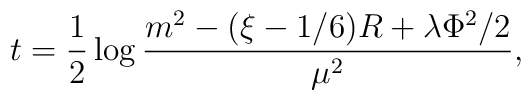
t= \frac{1}{2} \log \frac{m^2- (\xi - 1/6) R +\lambda\Phi^2/2}{\mu^2},